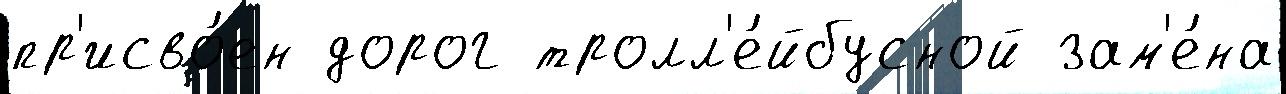
пр'исво́ен дорог тролл'е́йбусной зам'е́на